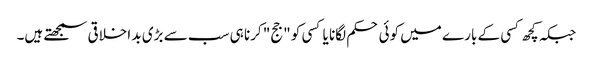
جبکہ کچھ کسی کے بارے میں کوئی حکم لگانا یا کسی کو "جج" کرنا ہی سب سے بڑی بد اخلاقی سمجھتے ہیں۔